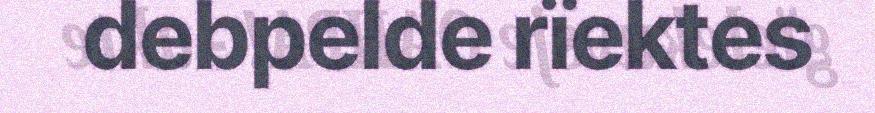
debpelde rïektes